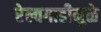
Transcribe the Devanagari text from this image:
रेल्वगाडीमुळे